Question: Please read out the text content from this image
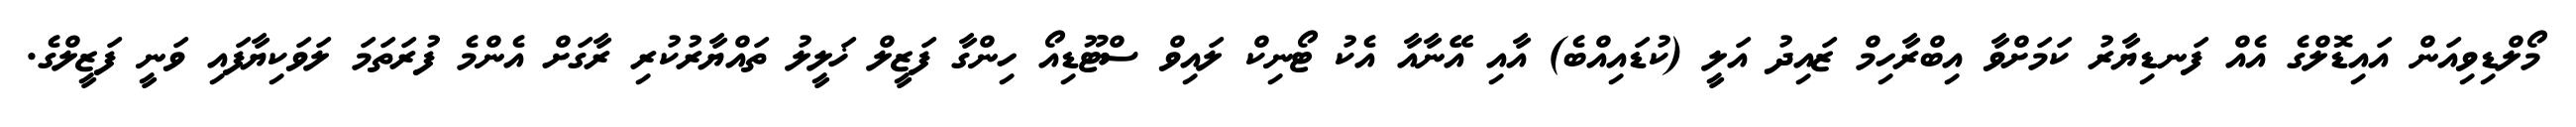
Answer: މޯލްޑިވިއަން އައިޑޮލްގެ އެއް ފަނޑިޔާރު ކަމަށްވާ އިބްރާހިމް ޒައިދު އަލީ (ކުޑައިއްބެ) އާއި އޭނާއާ އެކު ޓޯނިކް ލައިވް ސްޓޫޑިއޯ ހިންގާ ފަޒީލް ޚަލީލު ތައްޔާރުކުރި ރާގަށް އެންމެ ފުރަތަމަ ލަވަކިޔާފައި ވަނީ ފަޒީލްގެ.